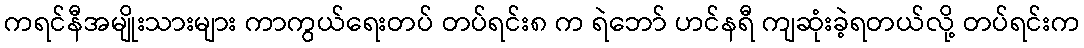
ကရင်နီအမျိုးသားများ ကာကွယ်ရေးတပ် တပ်ရင်း၈ က ရဲဘော် ဟင်နရီ ကျဆုံးခဲ့ရတယ်လို့ တပ်ရင်းက